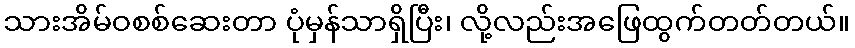
သားအိမ်ဝစစ်ဆေးတာ ပုံမှန်သာရှိပြီး၊ လို့လည်းအဖြေထွက်တတ်တယ်။